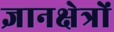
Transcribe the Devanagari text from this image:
ज्ञानक्षेत्रों